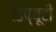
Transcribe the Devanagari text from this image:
डिप्यूटी